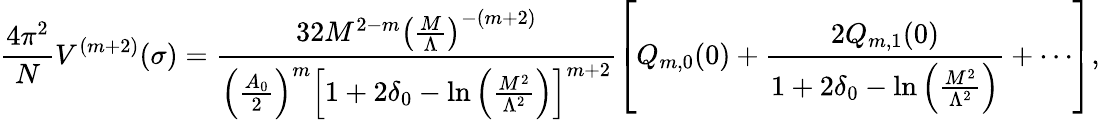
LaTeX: \frac{4\pi^{2}}{N}V^{(m+2)}(\sigma)=\frac{32M^{2-m}\left(\frac{M}{\Lambda}\right)^{-(m+2)}}{\left(\frac{A_{0}}{2}\right)^{m}\left[1+2\delta_{0}-\ln\left(\frac{M^{2}}{\Lambda^{2}}\right)\right]^{m+2}}\left[Q_{m,0}(0)+\frac{2Q_{m,1}(0)}{1+2\delta_{0}-\ln\left(\frac{M^{2}}{\Lambda^{2}}\right)}+\cdots\right],